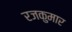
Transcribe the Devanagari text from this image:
रजकुमार